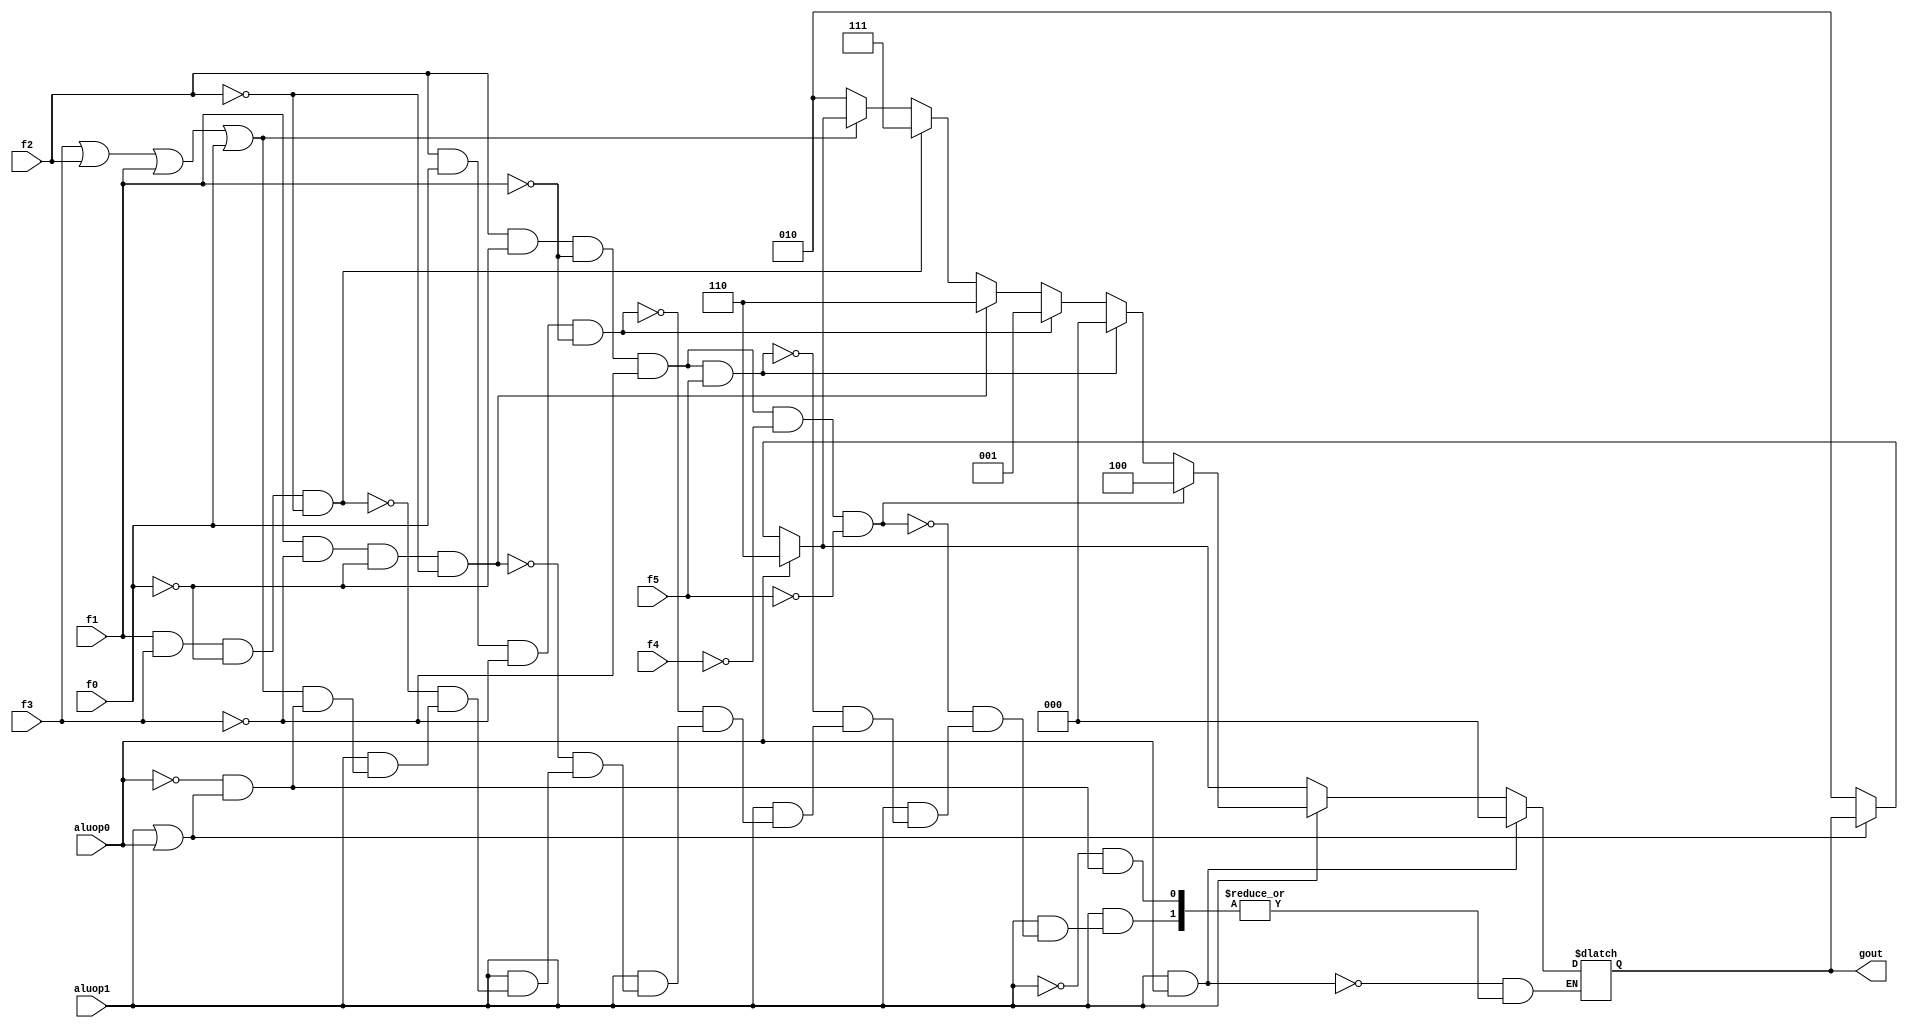
module alucont(aluop1,aluop0,f5,f4,f3,f2,f1,f0,gout);//Figure 4.12 
input aluop1,aluop0,f5,f4,f3,f2,f1,f0;
output [2:0] gout;
reg [2:0] gout;
always @(aluop1 or aluop0 or f5 or f4 or f3 or f2 or f1 or f0)
begin
if(~(aluop1|aluop0))  gout=3'b010; //(add - 00) => sw - lw - jm
//if(aluop0&~(aluop1))gout=3'b110; //(sub - 01) => bez - bgez  TODO
if(aluop0)gout=3'b110; // TODO remove
if(aluop1)//R-type
begin
	// if (~(f3|f2|f1|f0))gout=3'b010; 	//function code=0000,ALU control=010 (add)
	// if (f1&f3)gout=3'b111;			//function code=1x1x,ALU control=111 (set on less than)
	// if (f1&~(f3))gout=3'b110;		//function code=0x10,ALU control=110 (sub)
	// if (f2&f0)gout=3'b001;			//function code=x1x1,ALU control=001 (or)
	// if (f2&~(f0))gout=3'b000;		//function code=x1x0,ALU control=000 (and)

	if (~(f3|f2|f1|f0))gout=3'b010; 	//function code=0000,ALU control=010 (add)
	if (f1&f3&~(f0)&~(f2))gout=3'b111;			//function code=1010,ALU control=111 (set on less than)
	if (f1&~(f3)&~(f0)&~(f2))gout=3'b110;		//function code=0010,ALU control=110 (sub) 
	if (f2&f0&~(f3)&~(f1))gout=3'b001;			//function code=0101,ALU control=001 (or)
	if (f2&~(f0)&~(f1)&~(f3)&f5)gout=3'b000;		//function code=100100,ALU control=000 (and)
	if (f2&~(f0)&~(f1)&~(f3)&~(f4)&~(f5))gout=3'b100;		//function code=000100,ALU control=100 (sllv) ----
end
if(aluop1&aluop0) gout=3'b000; // andi - 11
end
endmodule